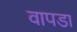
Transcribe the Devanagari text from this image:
वापडा